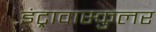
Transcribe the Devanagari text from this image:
इंट्रावास्कुलर